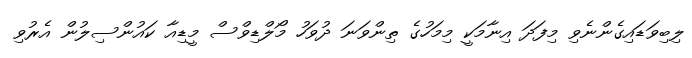
ލިބިވަޑައިގެންނެވި މިފަދަ އިނާމަކީ މިމަހުގެ ތިންވަނަ ދުވަހު މޯލްޑިވްސް މީޑިއާ ކައުންސިލުން އެރުވި